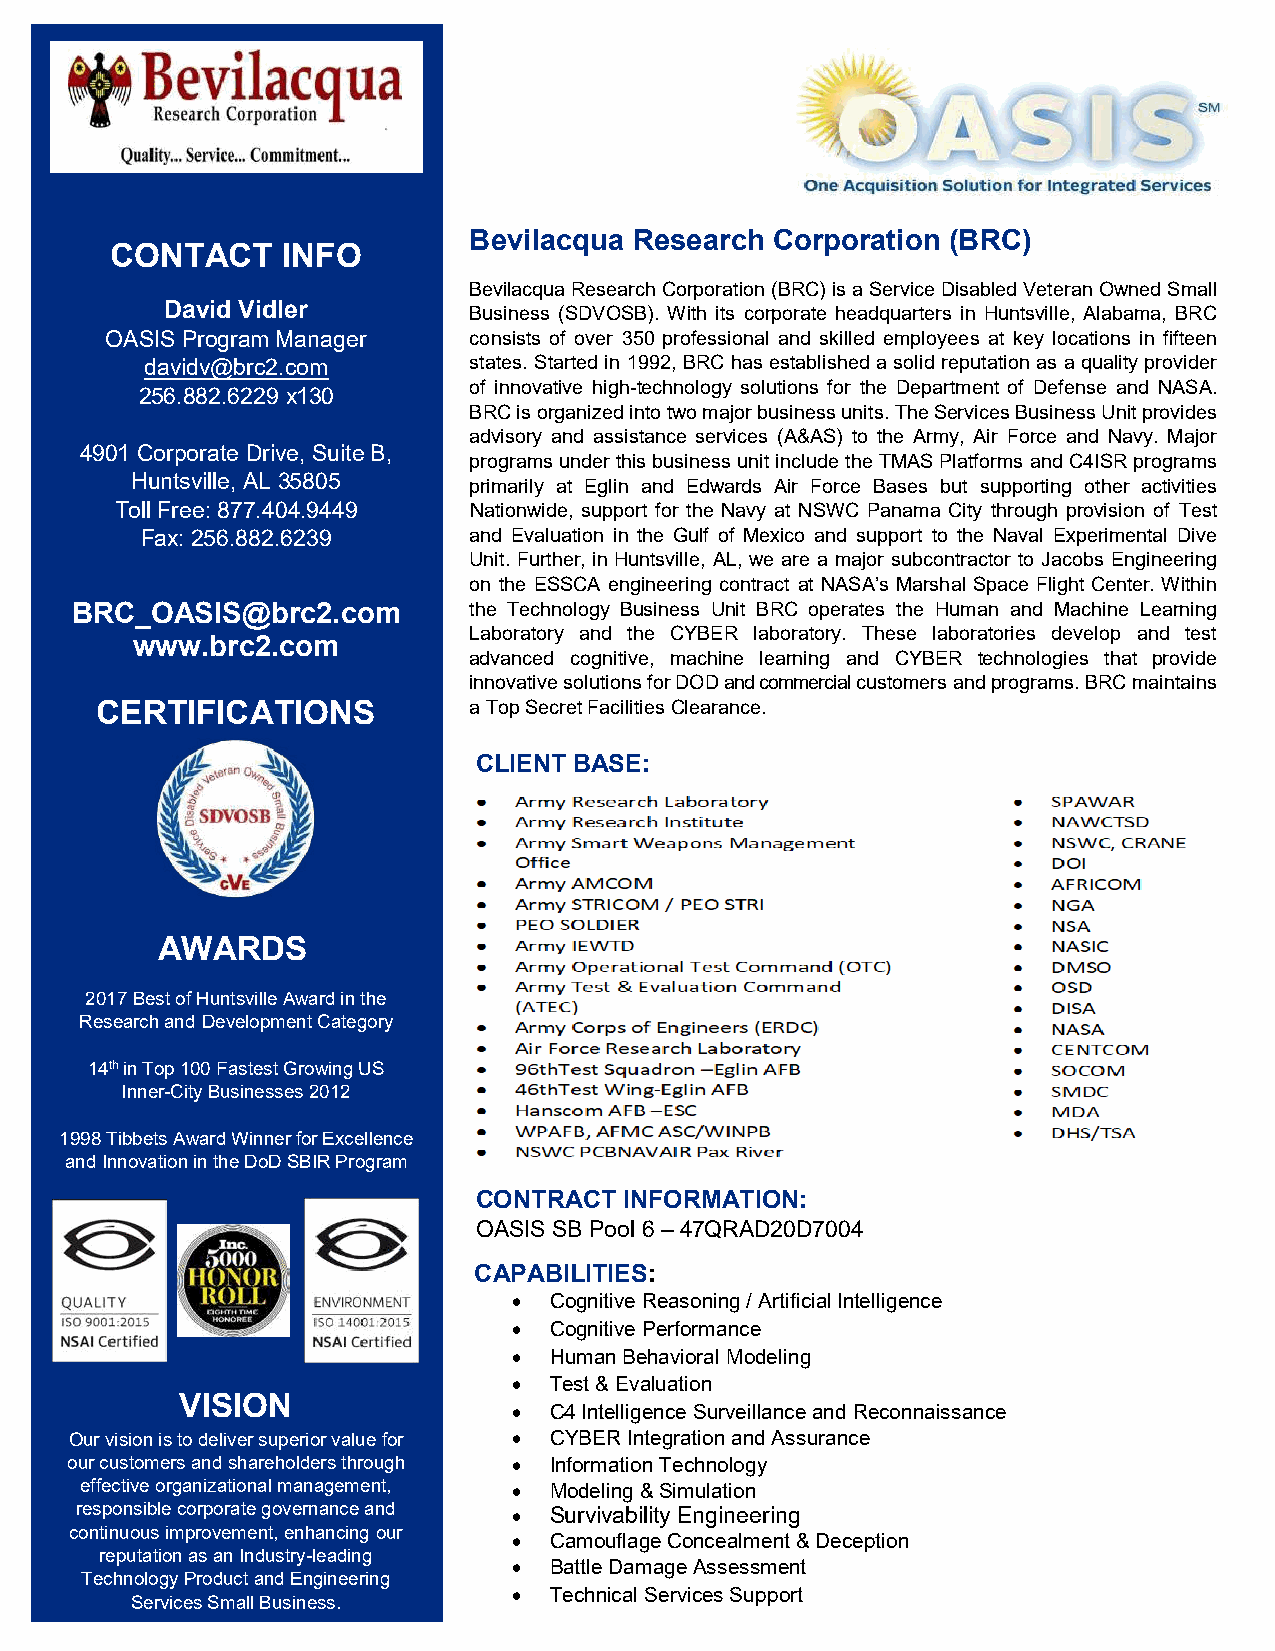
Bevilacqua Research Corporation (BRC)
 CONTACT     INFO
 Bevilacqua Research Corporation (BRC) is a Service Disabled Veteran Owned Small
 David Vidler        Business (SDVOSB). With its corporate headquarters in Huntsville, Alabama, BRC
 OASIS Program Manager   consists of over 350 professional and skilled employees at key locations in fifteen
 davidv@brc2.com      states. Started in 1992, BRC has established a solid reputation as a quality provider
 of innovative high technology solutions for the Department of Defense and NASA.
 256.882.6229 x130
 BRC is organized into two major business units. The Services Business Unit provides
 ‐
 advisory and assistance services (A&AS) to the Army, Air Force and Navy. Major
 4901 Corporate Drive, Suite B,
 programs under this business unit include the TMAS Platforms and C4ISR programs
 Huntsville, AL 35805  primarily at Eglin and Edwards Air Force Bases but supporting other activities
 Toll Free: 877.404.9449 Nationwide, support for the Navy at NSWC Panama City through provision of Test
 Fax: 256.882.6239     and Evaluation in the Gulf of Mexico and support to the Naval Experimental Dive
 Unit. Further, in Huntsville, AL, we are a major subcontractor to Jacobs Engineering
 on the ESSCA engineering contract at NASA’s Marshal Space Flight Center. Within
 BRC_OASIS@brc2.com        the Technology Business Unit BRC operates the Human and Machine Learning
 Laboratory and the CYBER laboratory. These laboratories develop and test
 www.brc2.com
 advanced cognitive, machine learning and CYBER technologies that provide
 innovative solutions for DOD and commercial customers and programs. BRC maintains
 CERTIFICATIONS           a Top Secret Facilities Clearance.
 CLIENT BASE:
 AWARDS
 2017 Best of Huntsville Award in the
 Research and Development Category
 14th in Top 100 Fastest Growing US
 Inner-City Businesses 2012
 1998 Tibbets Award Winner for Excellence
 and Innovation in the DoD SBIR Program
 CONTRACT  INFORMATION:
 OASIS SB Pool 6 – 47QRAD20D7004
 CAPABILITIES:
 • Cognitive Reasoning / Artificial Intelligence
 • Cognitive Performance
 • Human Behavioral Modeling
 • Test & Evaluation
 VISION
 • C4 Intelligence Surveillance and Reconnaissance
 Our vision is to deliver superior value for • CYBER Integration and Assurance
 our customers and shareholders through • Information Technology
 effective organizational management, • Modeling & Simulation
 responsible corporate governance and • Survivability Engineering
 continuous improvement, enhancing our • Camouflage Concealment & Deception
 reputation as an Industry-leading
 • Battle Damage Assessment
 Technology Product and Engineering
 • Technical Services Support
 Services Small Business.